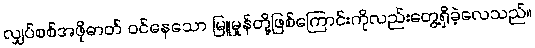
လျှပ်စစ်အဖိုဓာတ် ဝင်နေသော မြူမှုန်တို့ဖြစ်ကြောင်းကိုလည်းတွေ့ရှိခဲ့လေသည်။